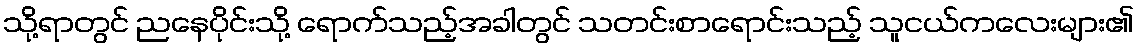
သို့ရာတွင် ညနေပိုင်းသို့ ရောက်သည့်အခါတွင် သတင်းစာရောင်းသည့် သူငယ်ကလေးများ၏